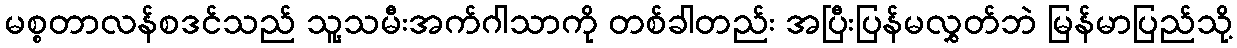
မစ္စတာလန်စဒင်သည် သူ့သမီးအက်ဂါသာကို တစ်ခါတည်း အပြီးပြန်မလွှတ်ဘဲ မြန်မာပြည်သို့